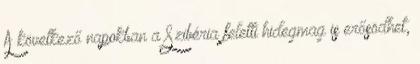
A következő napokban a Szibéria feletti hidegmag is erősödhet,